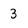
Character: 3